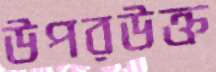
উপরউক্ত